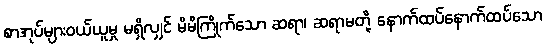
စာအုပ်များဝယ်ယူမှု မရှိလျှင် မိမိကြိုက်သော ဆရာ၊ ဆရာမတို့ နောက်ထပ်နောက်ထပ်သော